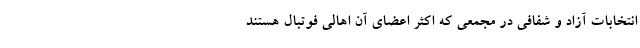
انتخابات آزاد و شفافی در مجمعی که اکثر اعضای آن اهالی فوتبال هستند